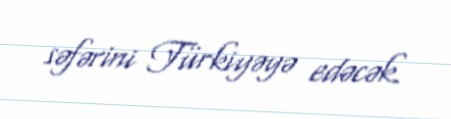
səfərini Türkiyəyə edəcək.